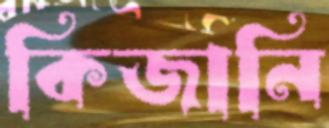
কিজানি